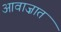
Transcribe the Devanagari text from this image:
आवाज़ात